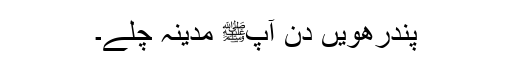
پندرھویں دن آپﷺ مدینہ چلے۔